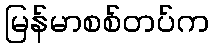
မြန်မာစစ်တပ်က